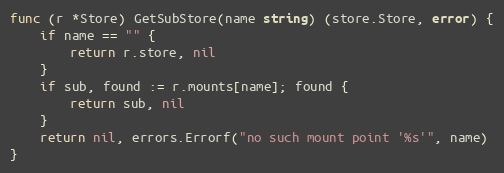
Language: Go
func (r *Store) GetSubStore(name string) (store.Store, error) {
	if name == "" {
		return r.store, nil
	}
	if sub, found := r.mounts[name]; found {
		return sub, nil
	}
	return nil, errors.Errorf("no such mount point '%s'", name)
}